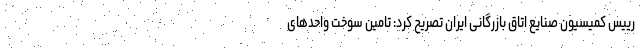
رییس کمیسیون صنایع اتاق بازرگانی ایران تصریح کرد: تامین سوخت واحدهای